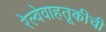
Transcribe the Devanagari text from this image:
रेल्वेवाहतूकीची